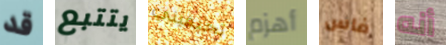
قد يتتبع تخيفيني أهزم فاس أنه